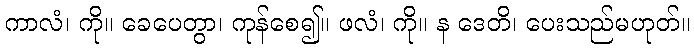
ကာလံ၊ ကို။ ခေပေတွာ၊ ကုန်စေ၍။ ဖလံ၊ ကို။ န ဒေတိ၊ ပေးသည်မဟုတ်။